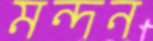
মন্দন